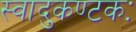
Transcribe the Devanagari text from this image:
स्वादुकण्टकः